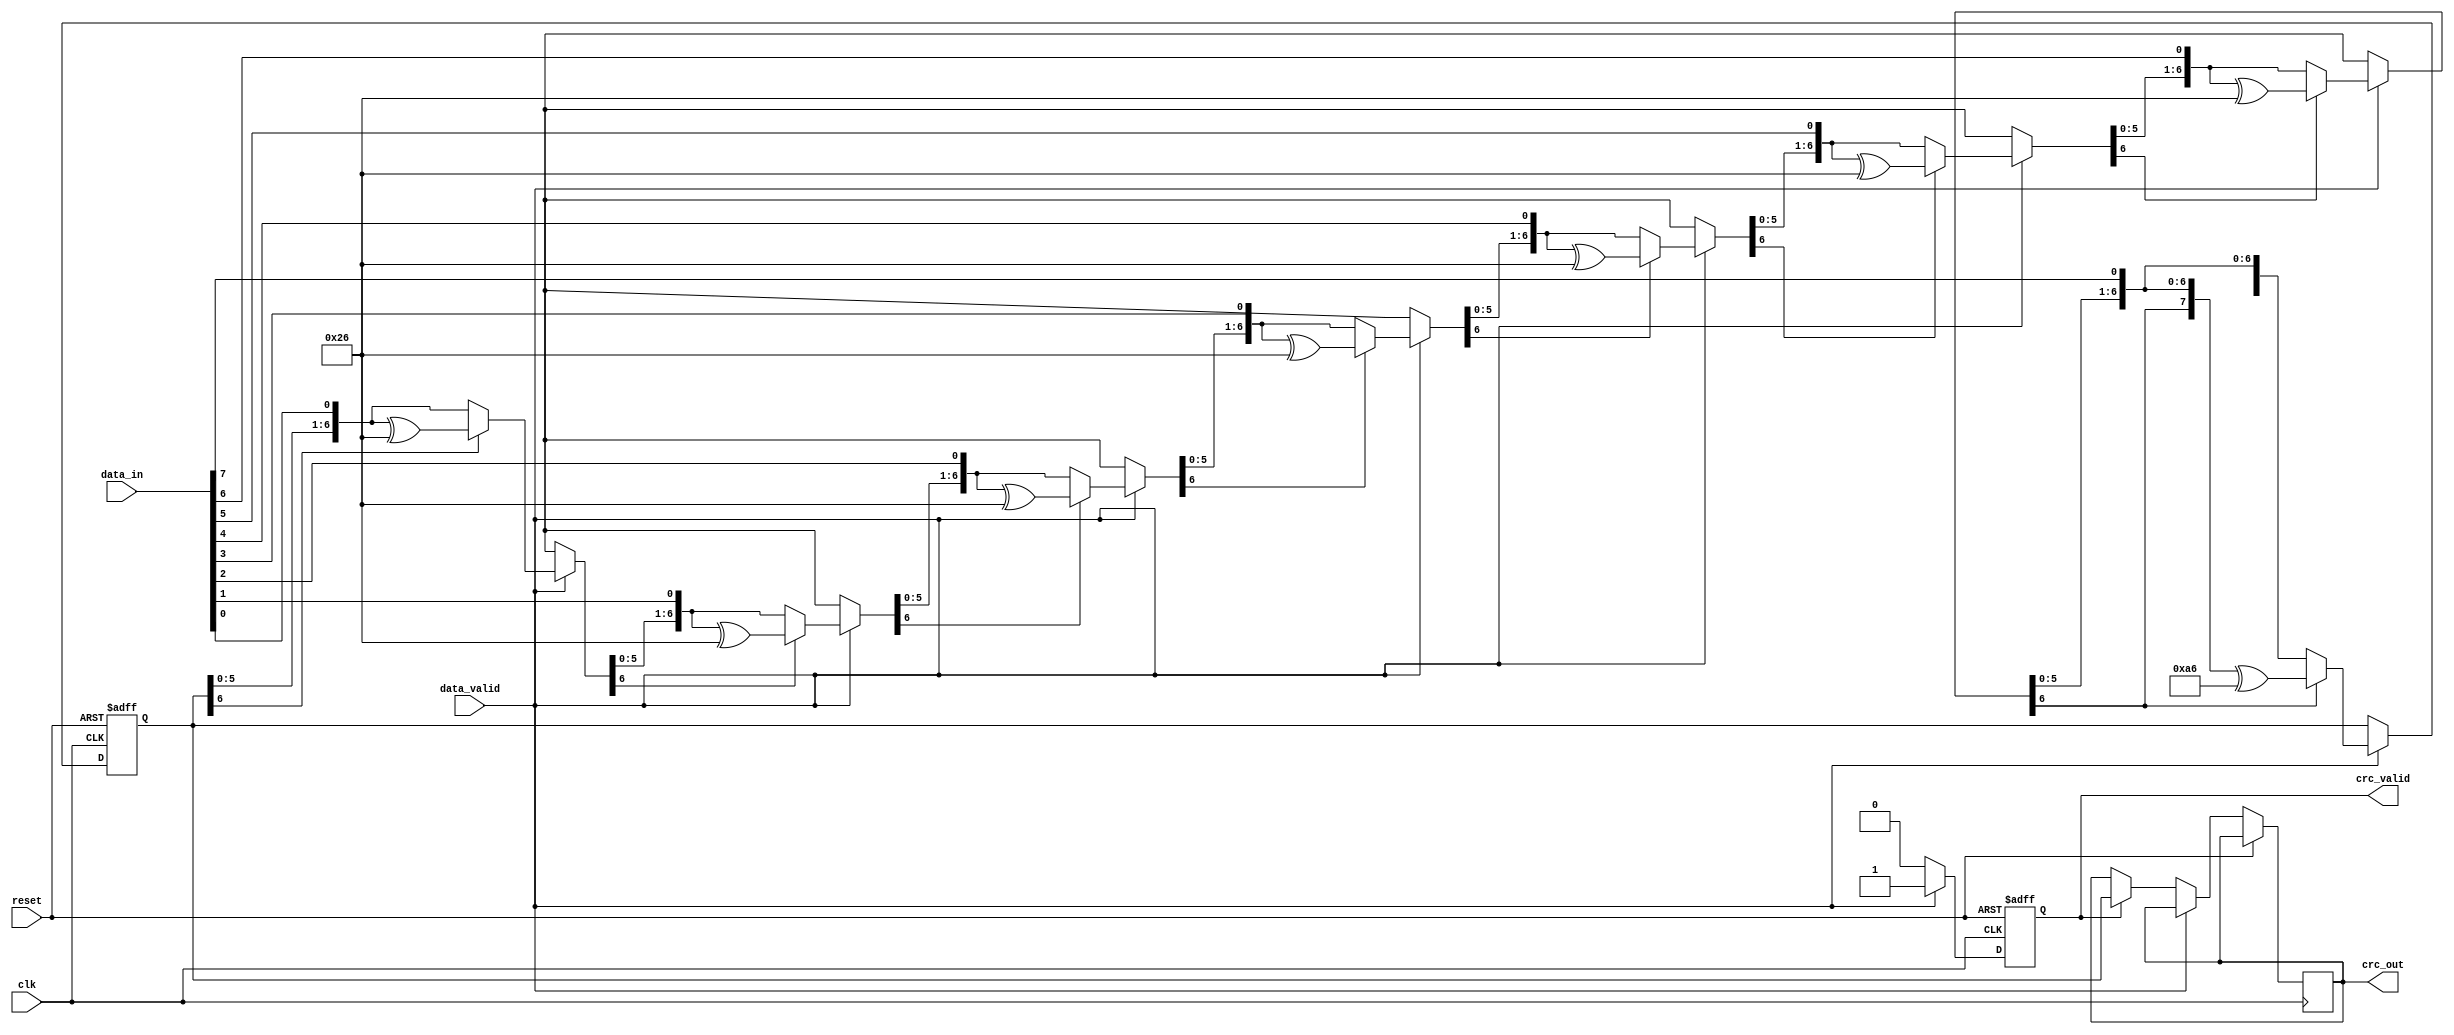
module parameterized_crc #(
    parameter CRC_WIDTH = 8,
    parameter [CRC_WIDTH-1:0] POLYNOMIAL = 8'hA6, // Example polynomial: x^8 + x^7 + x^4 + 1
    parameter INIT_CRC = {CRC_WIDTH{1'b0}}, // Initial CRC value
    parameter INPUT_WIDTH = 8
)(
    input wire clk,
    input wire reset,
    input wire [INPUT_WIDTH-1:0] data_in,
    input wire data_valid,
    output reg [CRC_WIDTH-1:0] crc_out,
    output reg crc_valid
);

    reg [CRC_WIDTH-1:0] crc_reg;
    reg [INPUT_WIDTH-1:0] data_shift;
    integer i;
    
    // Polynomial degree
    localparam POLY_DEGREE = $clog2(POLYNOMIAL + 1);

    always @(posedge clk or posedge reset) begin
        if (reset) begin
            crc_reg <= INIT_CRC;
            crc_valid <= 1'b0;
        end else if (data_valid) begin
            // Shift in the data and compute CRC
            crc_shift(data_in);
            crc_valid <= 1'b1; // Indicate that CRC is valid after processing
        end else if (crc_valid) begin
            crc_out <= crc_reg; // Output the current CRC
            crc_valid <= 1'b0;  // Reset valid after output
        end
    end

    // Task to perform CRC shift and calculation
    task crc_shift(input [INPUT_WIDTH-1:0] data);
        begin
            for (i = 0; i < INPUT_WIDTH; i = i + 1) begin
                // Shift left the CRC register
                crc_reg = {crc_reg[CRC_WIDTH-2:0], data[i]};
                
                // Perform polynomial division
                if (crc_reg[CRC_WIDTH-1] == 1'b1) begin
                    crc_reg = crc_reg ^ POLYNOMIAL; // XOR with the polynomial
                end
            end
        end
    endtask

endmodule